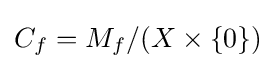
C_{f}=M_{f}/(X\times \{0\})